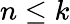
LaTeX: n\le k